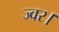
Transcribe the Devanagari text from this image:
ज्वर।